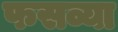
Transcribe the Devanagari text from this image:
फसव्या